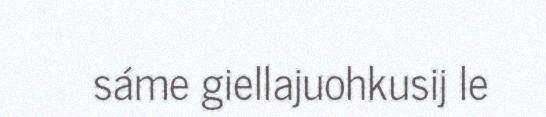
sáme giellajuohkusij le